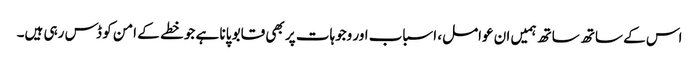
اس کے ساتھ ساتھ ہمیں ان عوامل، اسباب اور وجوہات پر بھی قابو پانا ہے جو خطے کے امن کو ڈس رہی ہیں۔